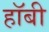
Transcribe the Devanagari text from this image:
हाॅबी